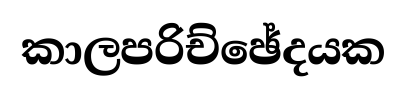
කාලපරිච්ඡේදයක